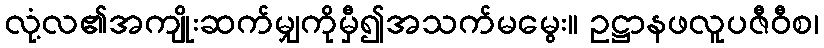
လုံ့လ၏အကျိုးဆက်မျှကိုမှီ၍အသက်မမွေး။ ဥဋ္ဌာနဖလူပဇီဝီစ၊